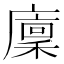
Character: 廩